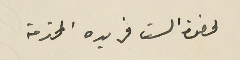
لحضرة الست فريده المحترمة